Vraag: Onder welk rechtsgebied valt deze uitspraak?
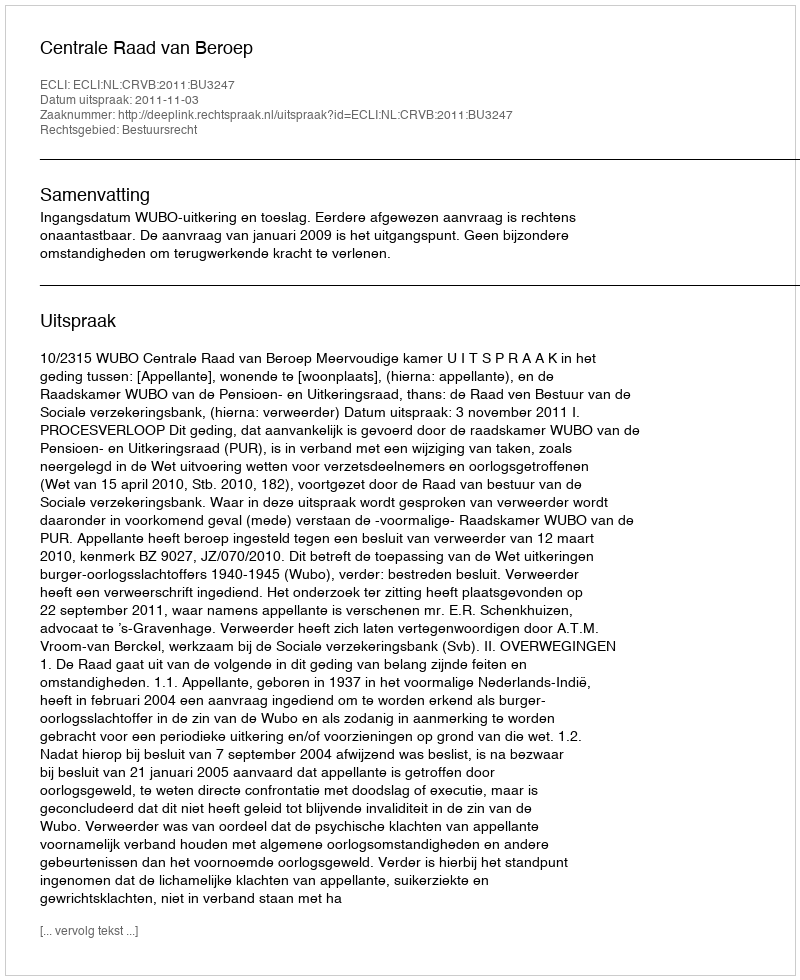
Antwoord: Bestuursrecht